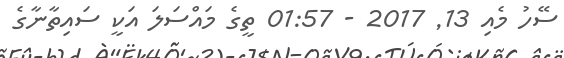
ސޭހު މެއި 13